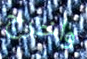
واخرج